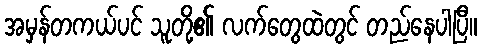
အမှန်တကယ်ပင် သူတို့၏ လက်တွေထဲတွင် တည်နေပါပြီ။